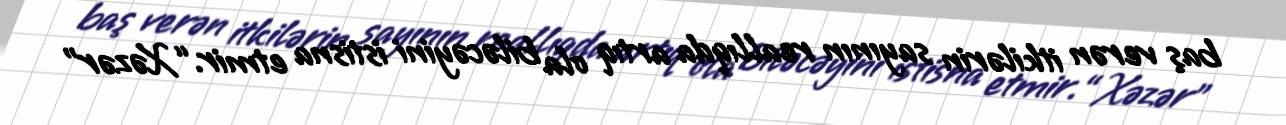
baş verən itkilərin sayının reallıqda artıq ola biləcəyini istisna etmir.“Xəzər”